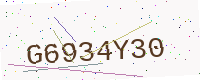
Text: G6934Y30